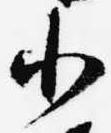
小